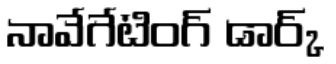
నావేగేటింగ్ డార్క్